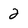
Character: 2